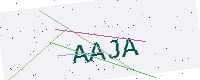
Text: AAJA